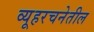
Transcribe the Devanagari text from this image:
व्यूहरचनेतील